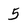
Character: 5